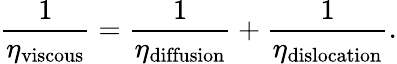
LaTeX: \frac{1}{\eta_{\mathrm{viscous}}}=\frac{1}{\eta_{\mathrm{diffusion}}}+\frac{1}{\eta_{\mathrm{dislocation}}}.